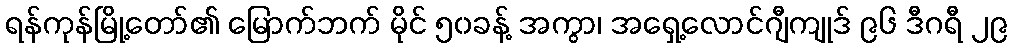
ရန်ကုန်မြို့တော်၏ မြောက်ဘက် မိုင် ၅၀ခန့် အကွာ၊ အရှေ့လောင်ဂျီကျုဒ် ၉၆ ဒီဂရီ ၂၉